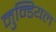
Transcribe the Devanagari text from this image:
मुन्डियल